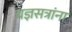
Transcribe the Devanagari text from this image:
यज्ञसत्रांना